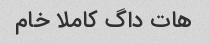
هات داگ کاملا خام